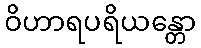
ဝိဟာရပရိယန္တော